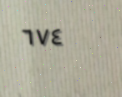
٦٧٤